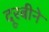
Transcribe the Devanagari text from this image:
दूरबीने